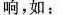
响，如：